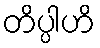
တိပ္ပါဟိ